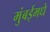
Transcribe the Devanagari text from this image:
मुंबईमधे